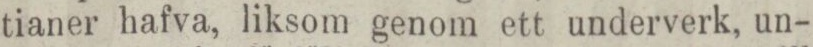
tianer hafva, liksom genom ett underverk, un-